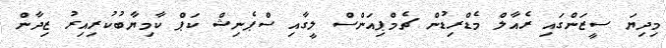
މިދިޔަ ސީޒަންގައި ރެއާލް މެޑްރިޑުން ޗެމްޕިއަންސް ލީގާއި ސްޕެނިޝް ކަޕް ކާމިޔާބުކުރިއިރު ޒިދާން